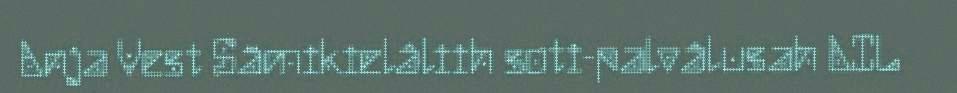
Anja Vest Sämikielâliih soti-palvâlusah AIL